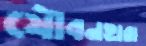
যৌবনহারা